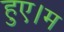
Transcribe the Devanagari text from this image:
हुए।म